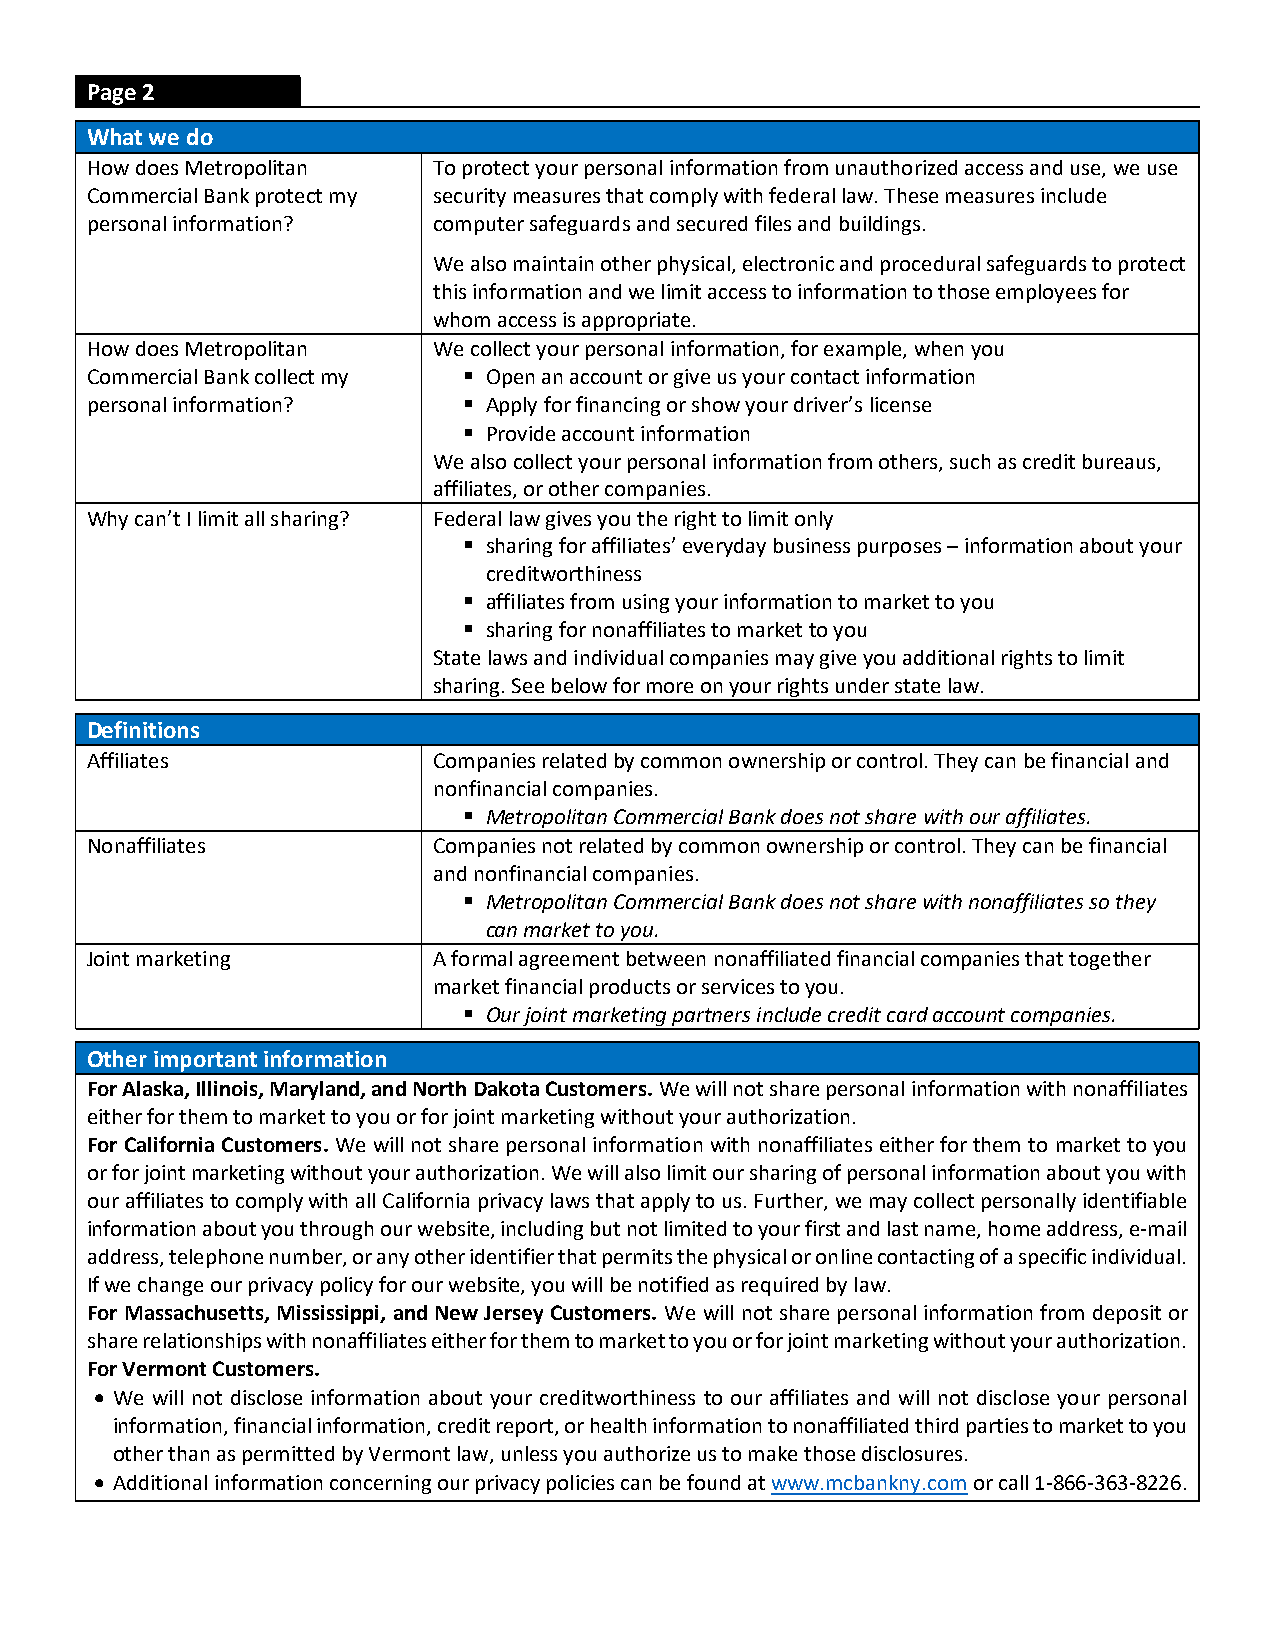
Page 2
 What we do
 How does Metropolitan  To protect your personal information from unauthorized access and use, we use
 Commercial Bank protect my security measures that comply with federal law. These measures include
 personal information?  computer safeguards and secured files and buildings.
 We also maintain other physical, electronic and procedural safeguards to protect
 this information and we limit access to information to those employees for
 whom access is appropriate.
 How does Metropolitan  We collect your personal information, for example, when you
 Commercial Bank collect my  Open an account or give us your contact information
 personal information?     Apply for financing or show your driver’s license
  Provide account information
 We also collect your personal information from others, such as credit bureaus,
 affiliates, or other companies.
 Why can’t I limit all sharing? Federal law gives you the right to limit only
  sharing for affiliates’ everyday business purposes – information about your
 creditworthiness
  affiliates from using your information to market to you
  sharing for nonaffiliates to market to you
 State laws and individual companies may give you additional rights to limit
 sharing. See below for more on your rights under state law.
 Definitions
 Affiliates             Companies related by common ownership or control. They can be financial and
 nonfinancial companies.
  Metropolitan Commercial Bank does not share with our affiliates.
 Nonaffiliates          Companies not related by common ownership or control. They can be financial
 and nonfinancial companies.
  Metropolitan Commercial Bank does not share with nonaffiliates so they
 can market to you.
 Joint marketing        A formal agreement between nonaffiliated financial companies that together
 market financial products or services to you.
  Our joint marketing partners include credit card account companies.
 Other important information
 For Alaska, Illinois, Maryland, and North Dakota Customers. We will not share personal information with nonaffiliates
 either for them to market to you or for joint marketing without your authorization.
 For California Customers. We will not share personal information with nonaffiliates either for them to market to you
 or for joint marketing without your authorization. We will also limit our sharing of personal information about you with
 our affiliates to comply with all California privacy laws that apply to us. Further, we may collect personally identifiable
 information about you through our website, including but not limited to your first and last name, home address, e-mail
 address, telephone number, or any other identifier that permits the physical or online contacting of a specific individual.
 If we change our privacy policy for our website, you will be notified as required by law.
 For Massachusetts, Mississippi, and New Jersey Customers. We will not share personal information from deposit or
 share relationships with nonaffiliates either for them to market to you or for joint marketing without your authorization.
 For Vermont Customers.
  We will not disclose information about your creditworthiness to our affiliates and will not disclose your personal
 information, financial information, credit report, or health information to nonaffiliated third parties to market to you
 other than as permitted by Vermont law, unless you authorize us to make those disclosures.
  Additional information concerning our privacy policies can be found at www.mcbankny.com or call 1-866-363-8226.